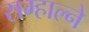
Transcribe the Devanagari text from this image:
सम्हाल्ने